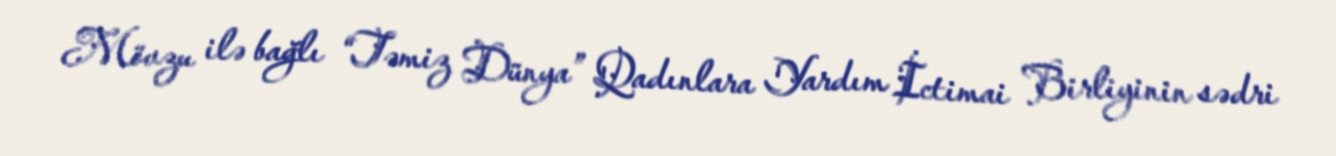
Mövzu ilə bağlı “Təmiz Dünya” Qadınlara Yardım İctimai Birliyinin sədri